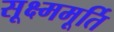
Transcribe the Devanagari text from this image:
सूक्ष्ममूर्ति